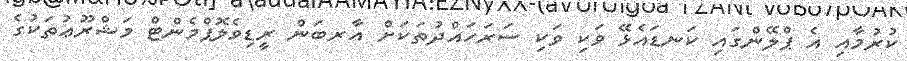
ކުރުމާއި އެ ޕްލޭންގައި ކަނޑައެޅޭ ވަކި ވަކި ސަރަހައްދުތަކަށް އާރބަން ރީޑިވެލޮޕްމެންޓް މަޝްރޫޢުތަކުގެ